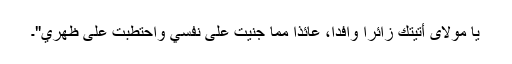
يا مَولایَ أَتَیتُكَ زَائِراً وَافِداً، عَائِذاً مَمّا جَنَیتُ عَلٰی نَفسِي وَاحتَطَبتُ عَلٰی ظَهرِي"۔